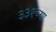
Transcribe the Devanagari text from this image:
३३१च्या